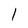
Character: 1